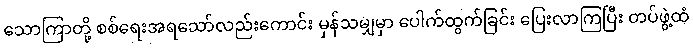
သောကြာတို့ စစ်ရေးအရသော်လည်းကောင်း မှန်သမျှမှာ ပေါက်ထွက်ခြင်း ပြေးလာကြပြီး တပ်ဖွဲ့ထံ